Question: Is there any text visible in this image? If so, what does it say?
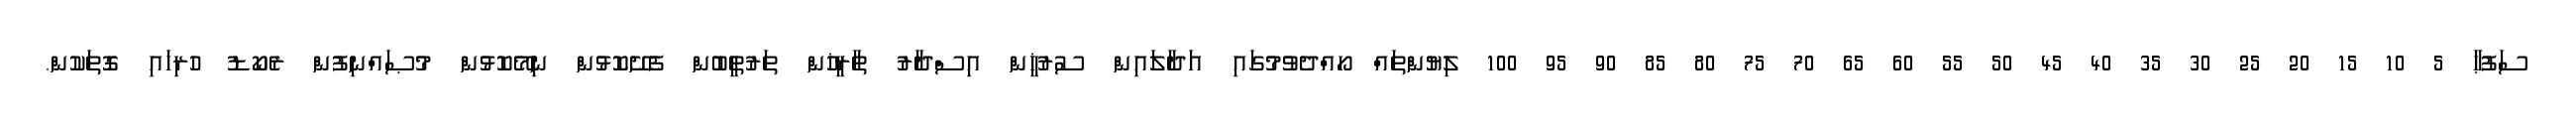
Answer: ސަފުޙާ 5 10 15 20 25 30 35 40 45 50 55 60 65 70 75 80 85 90 95 100 ލިޔުންތައް ހޯއްދެވުމުގައި އަދާލައިން ސުރުޚީން އިސްދާރު ތާރީޚުން ތަރުތީބުން ފެށޭކޮޅުން ނިމޭކޮޅުން މުޞައްނިފުން ރެކޯޑު ހުރިހައި ގޮތަކުން.